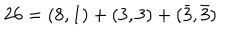
2 6 = ( 8 , 1 ) + ( 3 , 3 ) + ( \bar { 3 } , \bar { 3 } )